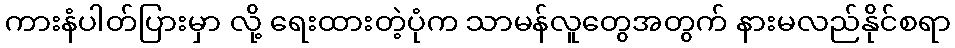
ကားနံပါတ်ပြားမှာ လို့ ရေးထားတဲ့ပုံက သာမန်လူတွေအတွက် နားမလည်နိုင်စရာ